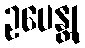
ဥပေန္တု